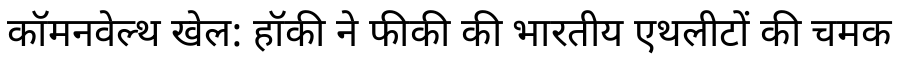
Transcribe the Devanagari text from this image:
कॉमनवेल्थ खेल: हॉकी ने फीकी की भारतीय एथलीटों की चमक